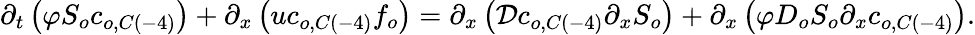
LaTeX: \partial_{t}\left(\varphi S_{o}c_{o,C\left(-4\right)}\right)+\partial_{x}\left(uc_{o,C\left(-4\right)}f_{o}\right)=\partial_{x}\left(\mathcal{D}c_{o,C\left(-4\right)}\partial_{x}S_{o}\right)+\partial_{x}\left(\varphi D_{o}S_{o}\partial_{x}c_{o,C\left(-4\right)}\right).